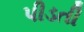
પીડતી